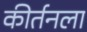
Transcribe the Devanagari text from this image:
कीर्तनला